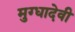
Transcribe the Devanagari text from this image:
मुग्धादेवी